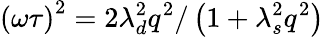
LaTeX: \left(\omega\tau\right)^{2}=2\lambda_{d}^{2}q^{2}/\left(1+\lambda_{s}^{2}q^{2}\right)